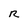
Character: R